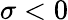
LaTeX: \sigma<0